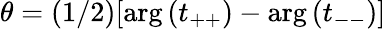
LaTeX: \theta=(1/2)[\arg{(t_{++})}-\arg{(t_{--})}]